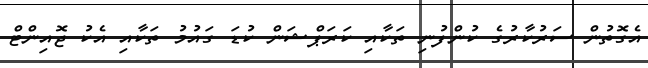
އެގޮތުން ސަރުކާރުގެ ކުންފުނި ތަކާއި ކަރަޕްޝަން ކުޑަ ގައުމު ތަކާއި އެކު ޖޮއިންޓް